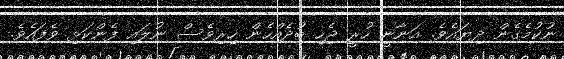
ނުކުމެގެން ދިޔައެވެ. އަނާނީ ހުރީ ޖެހި ބުދެއްހެން ހިރިވެސް ނުލައި ފެންކަޅި ވެފައެވެ.